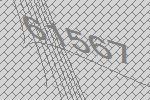
61567